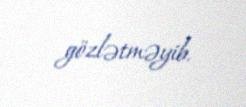
gözlətməyib.